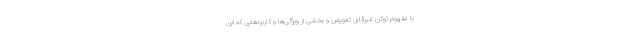
با مفهوم توکن غیرقابل تعویض و بخشی از ویژگی‌ها و کاربردهایی که این